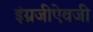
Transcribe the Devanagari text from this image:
इंग्रजीऐवजी